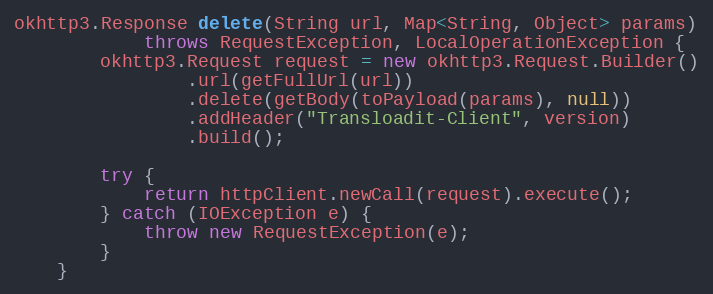
Language: Java
okhttp3.Response delete(String url, Map<String, Object> params)
            throws RequestException, LocalOperationException {
        okhttp3.Request request = new okhttp3.Request.Builder()
                .url(getFullUrl(url))
                .delete(getBody(toPayload(params), null))
                .addHeader("Transloadit-Client", version)
                .build();

        try {
            return httpClient.newCall(request).execute();
        } catch (IOException e) {
            throw new RequestException(e);
        }
    }